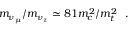
m _ { \nu _ { \mu } } / m _ { \nu _ { \tau } } \simeq 8 1 m _ { c } ^ { 2 } / m _ { t } ^ { 2 } ~ ~ .